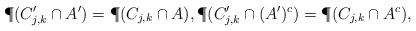
LaTeX: \begin{align*}\P(C'_{j,k}\cap A') &= \P(C_{j,k}\cap A), \P(C'_{j,k}\cap (A')^c) = \P(C_{j,k}\cap A^c),\end{align*}